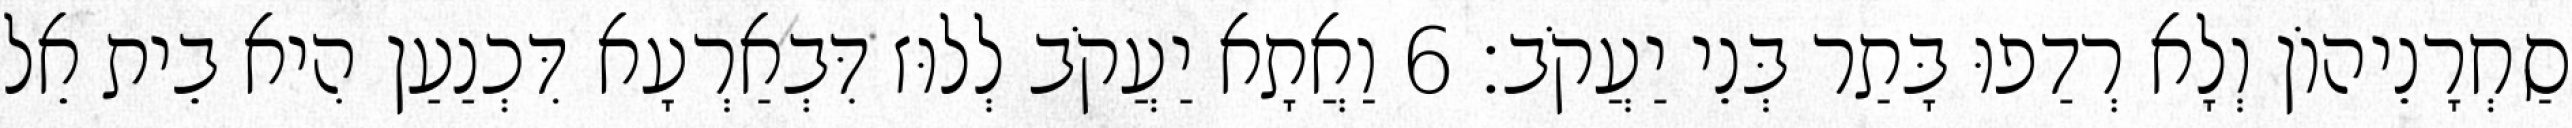
סַחְרָנֵיהוֹן וְלָא רְדַפוּ בָּתַר בְּנֵי יַעֲקֹב׃ 6 וַאֲתָא יַעֲקֹב לְלוּז דִּבְאַרְעָא דִּכְנַעַן הִיא בֵית אֵל